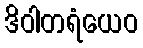
ဒိဝါတရံယေဝ